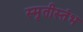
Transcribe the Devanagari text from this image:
स्मृतीस्तंभ